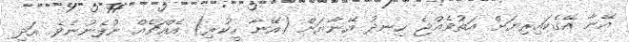
އޭނާ އޭގެކައިރިޔަށް އަތުވެއްޖެ ހިނދު އޭނާޔަށް (އޭނާ ހީކުރި) އެއްޗެއް ނުފެނުނެވެ. އަދި